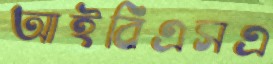
আইবিএসএ